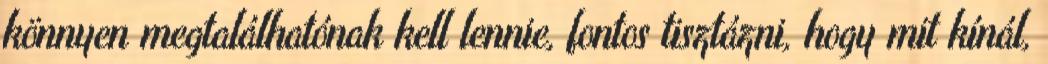
könnyen megtalálhatónak kell lennie, fontos tisztázni, hogy mit kínál,